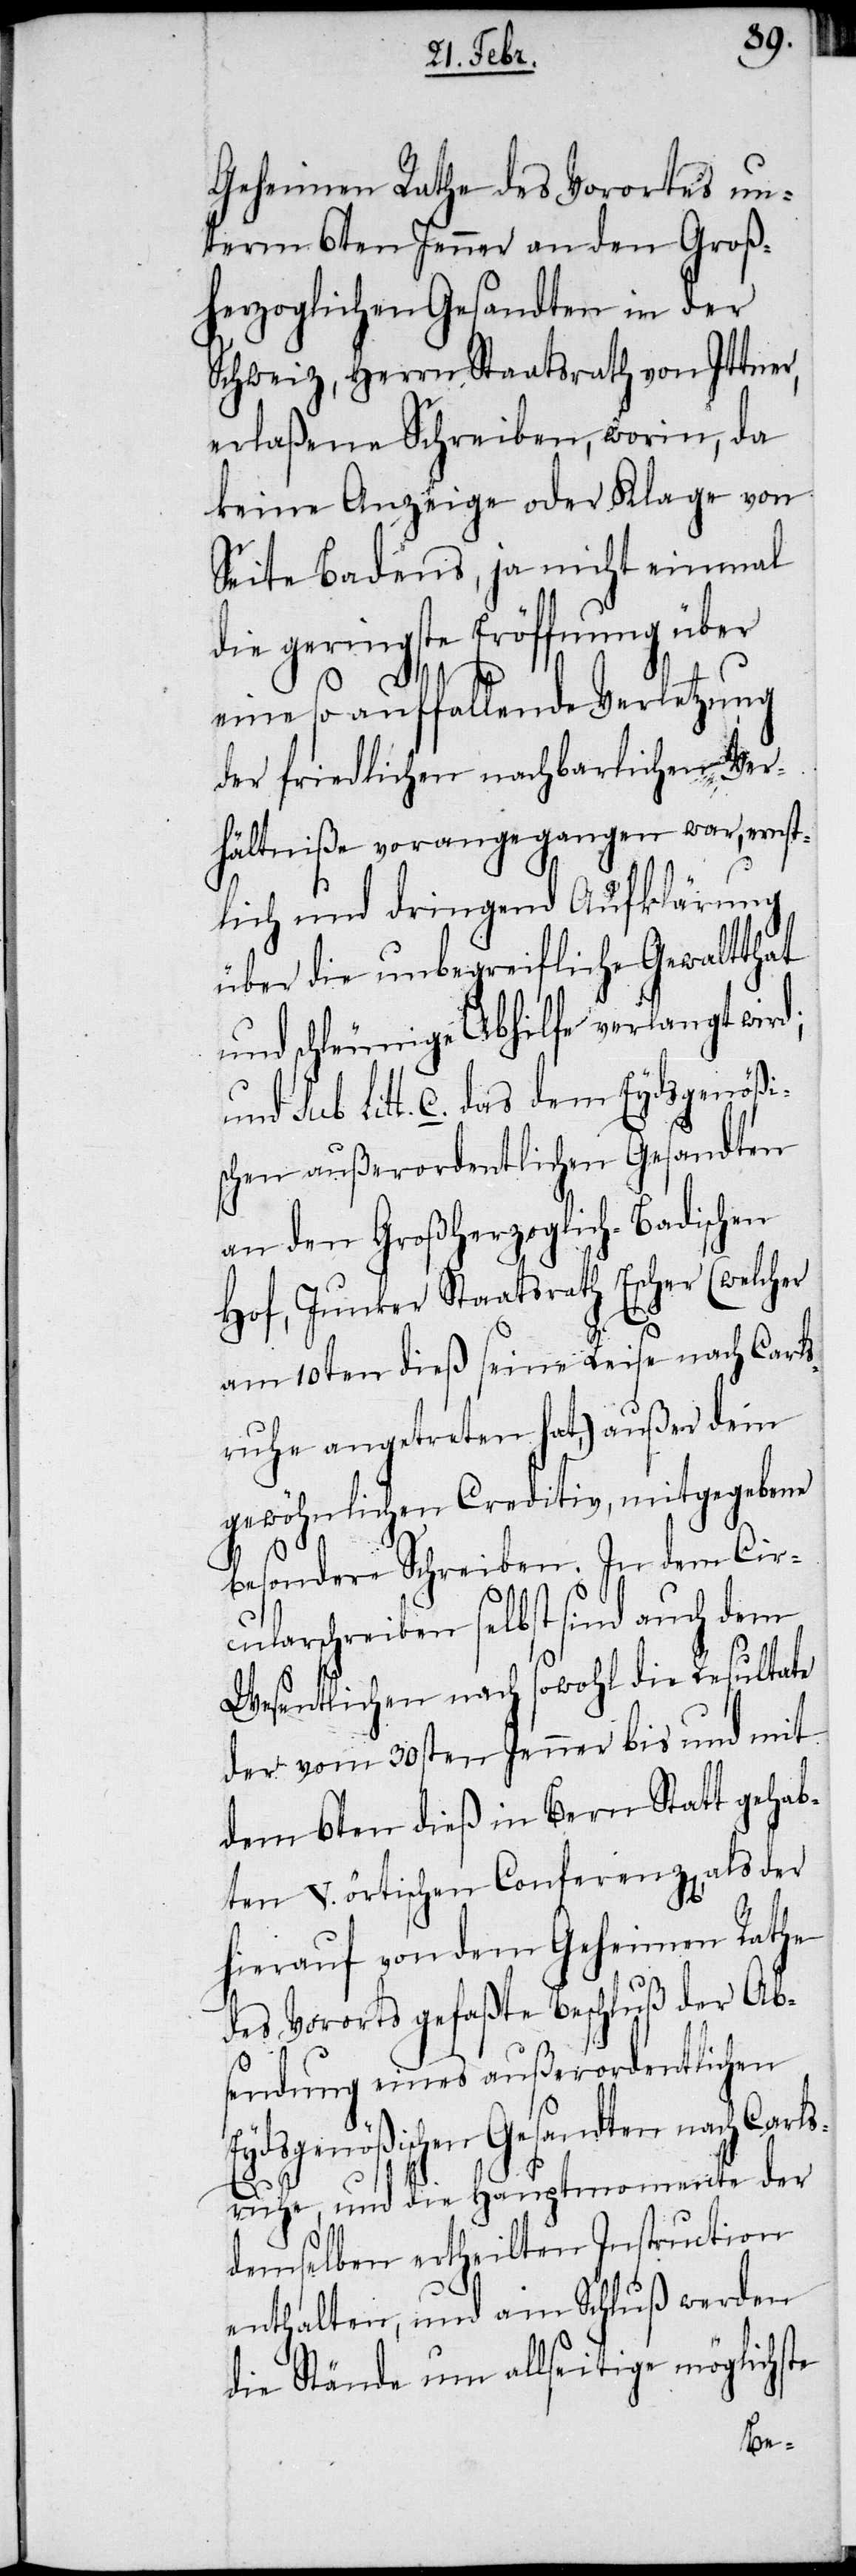
Geheimen Rathe des Vorortes un¬
term 6ten Jenner an den Groß¬
herzoglichen Gesandten in der
Schweiz, Herrn Staatsrath von Ittner,
erlaßene Schreiben, worin, da
keine Anzeige oder Klage von
Seite Badens, ja nicht einmal
die geringste Eröffnung über
eine so auffallende Verletzung
der friedlichen nachbarlichen Ver¬
hältniße vorangegangen war, ernst¬
lich und dringend Aufklärung
über die unbegreifliche Gewaltthat
und schleunige Abhilfe verlangt wird;
und sub Litt. C. das dem Eydsgenößi¬
schen außerordentlichen Gesandten
an den Großherzoglich-Badischen
Hof, Junker Staatsrath Escher (welcher
am 10ten dieß seine Reise nach Carls¬
ruhe angetreten hat,) außer dem
gewöhnlichen Creditiv, mitgegebene
besondere Schreiben. In dem Cir¬
cularschreiben selbst sind auch dem
Wesentlichen nach sowohl die Resultate
der vom 30sten Jenner bis und mit
dem 6ten dieß in Bern Statt gehab¬
ten V. örtischen Conferenz[en], als der
hierauf von dem Geheimen Rathe
des Vorortes gefaßte Beschluß der Ab¬
sendung eines außerordentlichen
ydsgenößischen Gesandten nach Car¬
lsruhe, und die Hauptmomente der
demselben ertheilten Instruction
enthalten, und am Schluß werden
die Stände um allseitige möglichste
E¬